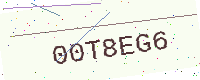
Text: 00T8EG6